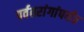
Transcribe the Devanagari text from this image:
पर्वतरांगांपर्यंत